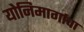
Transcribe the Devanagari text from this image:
योनिमार्गाचा